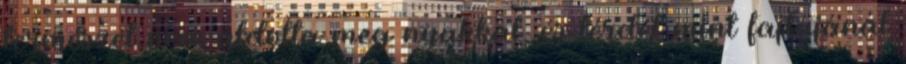
természet nem áldotta meg nyakkal, és térdét mint fajtájánál